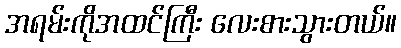
အရမ်းကိုအထင်ကြီး လေးစားသွားတယ်။